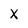
Character: X